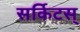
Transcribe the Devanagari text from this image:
सर्किटस्